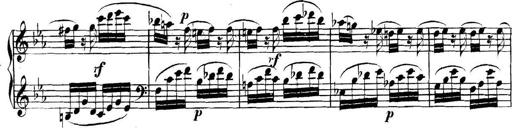
Title: Collected Piano Sonatas
Composer: Muzio Clementi